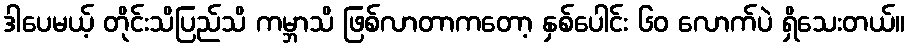
ဒါပေမယ့် တိုင်းသိပြည်သိ ကမ္ဘာသိ ဖြစ်လာတာကတော့ နှစ်ပေါင်း ၆၀ လောက်ပဲ ရှိသေးတယ်။